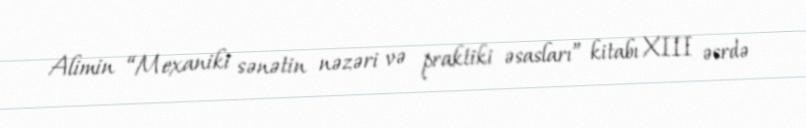
Alimin “Mexaniki sənətin nəzəri və praktiki əsasları” kitabı XIII əsrdə